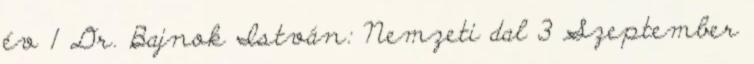
év 1 Dr. Bajnok István: Nemzeti dal 3 Szeptember